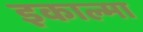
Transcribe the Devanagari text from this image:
इकाल्मा